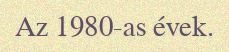
Az 1980-as évek.